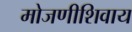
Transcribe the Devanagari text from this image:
मोजणीशिवाय